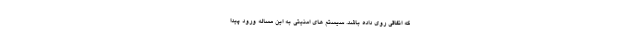
که اتفاقی روی داده باشد. سیستم های امنیتی به این مساله ورود پیدا